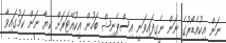
ނަން އިކުއެޑޯރުގެ ނަން ނެގިފައިވަނީ އިސްޕެނިޝް ބަހުން އީކުއޭޓަރަށް ކިޔާ ނަން ކަމުގައިވާ